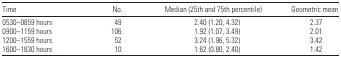
| Time | No. | Median (25th and 75th percentile) | Geometric mean |
 | --- | --- | --- | --- |
 | 0530–0859 hours | 49 | 2.40 (1.20, 4.32) | 2.37 |
 | 0900–1159 hours | 106 | 1.92 (1.07, 3.49) | 2.01 |
 | 1200–1559 hours | 52 | 3.24 (1.96, 5.32) | 3.42 |
 | 1600–1830 hours | 10 | 1.62 (0.80, 2.40) | 1.42 |